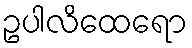
ဥပါလိထေရော